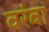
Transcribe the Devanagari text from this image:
वरंबा